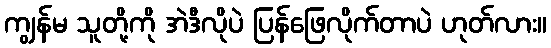
ကျွန်မ သူတို့ကို အဲဒီလိုပဲ ပြန်ဖြေလိုက်တာပဲ ဟုတ်လား။